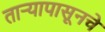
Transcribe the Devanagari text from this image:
तार्‍यापासूनचे